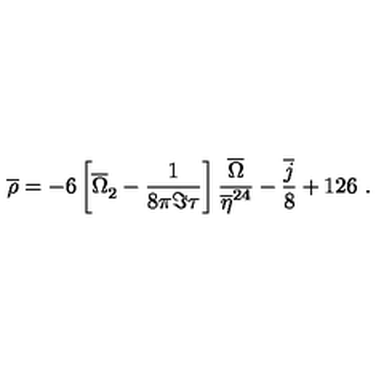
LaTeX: \overline { { \rho } } = - 6 \left[ { \overline { { \Omega } } } _ { 2 } ^ { \phantom { 2 } } - \frac { 1 } { 8 \pi \Im \tau } \right] \frac { \overline { { \Omega } } } { \overline { { \eta } } ^ { 2 4 } } - \frac { \overline { { j } } } { 8 } + 1 2 6 \ .